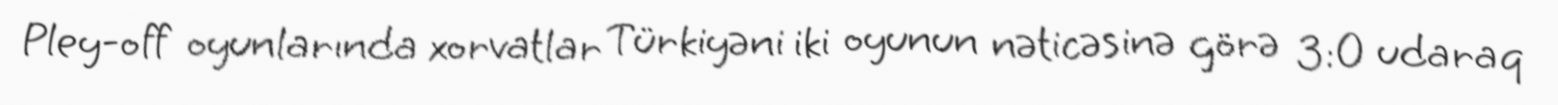
Pley-off oyunlarında xorvatlar Türkiyəni iki oyunun nəticəsinə görə 3:0 udaraq